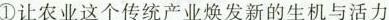
① 让农业这个传统产业焕发新的生机与活力